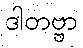
ဒါတဗ္ဗာ